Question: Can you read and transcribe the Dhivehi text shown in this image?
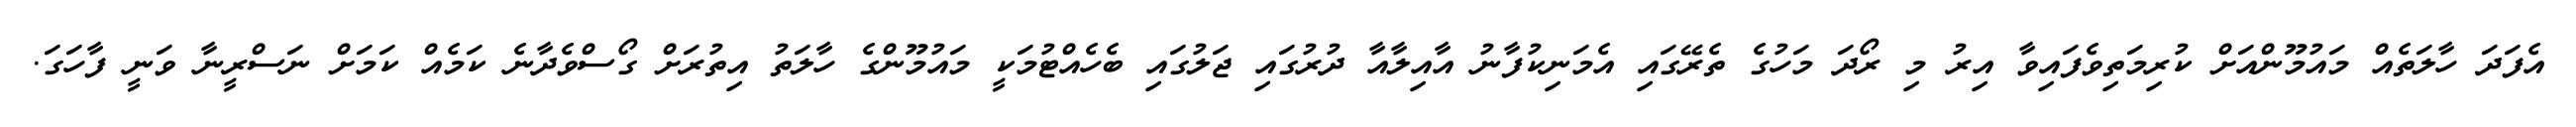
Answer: އެފަދަ ހާލަތެއް މައުމޫންއަށް ކުރިމަތިވެފައިވާ އިރު މި ރޯދަ މަހުގެ ތެރޭގައި އެމަނިކުފާނު އާއިލާއާ ދުރުގައި ޖަލުގައި ބެހެއްޓުމަކީ މައުމޫންގެ ހާލަތު އިތުރަށް ގޯސްވެދާނެ ކަމެއް ކަމަށް ނަސްރީނާ ވަނީ ފާހަގަ.